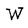
Character: W